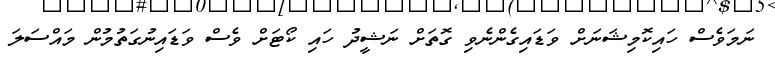
ނަމަވެސް ހައިކޮމިޝަނަށް ވަޑައިގެންނެވި ގޮތަށް ނަޝީދު ހައި ކޯޓަށް ވެސް ވަޑައިނުގަތުމުން މައްސަލަ